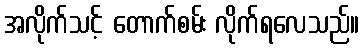
အလိုက်သင့် တောက်စမ်း လိုက်ရလေသည်။